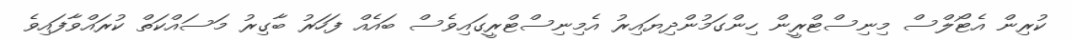
ކުރިން އެޓޯލްސް މިނިސްޓްރީން ހިންގަމުންދިޔައިރު އެމިނިސްޓްރީގައިވެސް ބައެއް ފަހަރު ބާގިރު މަސައްކަތް ކުރައްވާފައިވެ